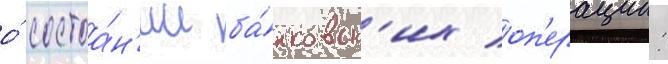
о́ состоа́н'ии ба́нковск'их оп'ерации: